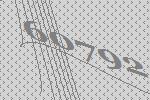
60792